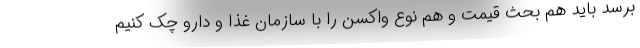
برسد باید هم بحث قیمت و هم نوع واکسن را با سازمان غذا و دارو چک کنیم